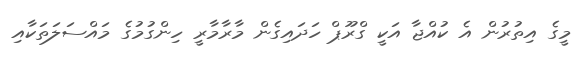
މީގެ އިތުރުން އެ ކުއްޖާ އަކީ ގްރޫޕް ހަދައިގެން މާރާމާރީ ހިންގުމުގެ މައްސަލަތަކާއި